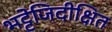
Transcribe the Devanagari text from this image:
भट्टेजिदीक्षित